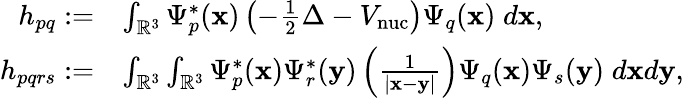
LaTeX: \begin{array}{rl}{h_{pq}:=}&{\int_{\mathbb{R}^{3}}\Psi_{p}^{*}(\mathbf{x})\left(-\frac{1}{2}\Delta-V_{\mathrm{nuc}}\right)\Psi_{q}(\mathbf{x})\; d\mathbf{x},}\\ {h_{pqrs}:=}&{\int_{\mathbb{R}^{3}}\int_{\mathbb{R}^{3}}\Psi_{p}^{*}(\mathbf{x})\Psi_{r}^{*}(\mathbf{y})\left(\frac{1}{|\mathbf{x}-\mathbf{y}|}\right)\Psi_{q}(\mathbf{x})\Psi_{s}(\mathbf{y})\; d\mathbf{x}d\mathbf{y},}\end{array}